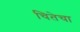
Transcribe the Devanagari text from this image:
चितेचा